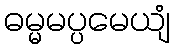
ဓမ္မမပ္ပမေယျံ